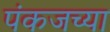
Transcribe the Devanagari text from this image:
पंकजच्या